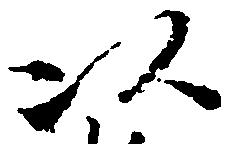
以